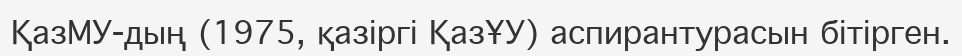
ҚазМУ-дың (1975, қазіргі ҚазҰУ) аспирантурасын бітірген.